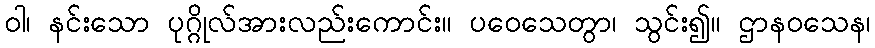
ဝါ၊ နင်းသော ပုဂ္ဂိုလ်အားလည်းကောင်း။ ပဝေသေတွာ၊ သွင်း၍။ ဌာနဝသေန၊